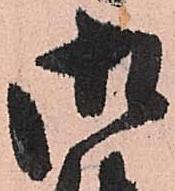
御